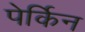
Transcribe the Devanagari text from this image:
पेर्किन